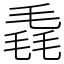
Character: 毳